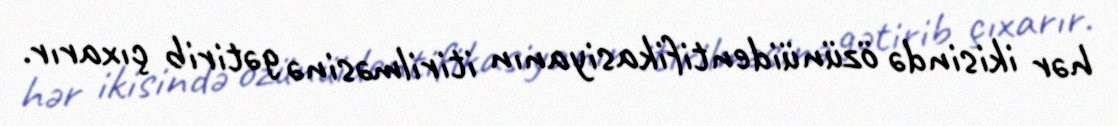
hər ikisində özünüidentifikasiyanın itirilməsinə gətirib çıxarır.